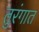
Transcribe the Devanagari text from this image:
तुरंगात